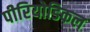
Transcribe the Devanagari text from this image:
पीरियोडिकल